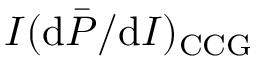
I ( \mathrm { d } \bar { P } / \mathrm { d } I ) _ { \mathrm { C C G } }